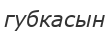
губкасын